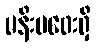
မနီးမဝေးရှိ